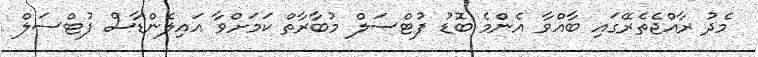
މެދު ރާއްޖެތެރޭގައި ބާއްވާ އެންމެ ބޮޑު ފުޓްސަލް މުބާރާތް ކަމަށްވާ އައިލެންޑާސް ފުޓްސަލް